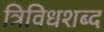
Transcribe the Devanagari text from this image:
त्रिविधशब्द